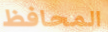
المحافظ